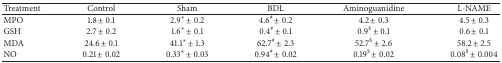
<table><thead><tr><td><b>Treatment</b></td><td><b>Control</b></td><td><b>Sham</b></td><td><b>BDL</b></td><td><b>Aminoguanidine</b></td><td><b>L-NAME</b></td></tr></thead><tbody><tr><td>MPO </td><td>1.8 ± 0.1 </td><td>2.9<sup><i>∗</i></sup> ± 0.2 </td><td>4.6<sup>#</sup> ± 0.2 </td><td> 4.2 ± 0.3 </td><td> 4.5 ± 0.3</td></tr><tr><td>GSH </td><td>2.7 ± 0.2 </td><td> 1.6<sup><i>∗</i></sup> ± 0.1 </td><td>0.4<sup>#</sup> ± 0.1 </td><td> 0.9<sup>$</sup> ± 0.1 </td><td> 0.6 ± 0.1</td></tr><tr><td>MDA </td><td>24.6 ± 0.1</td><td>41.1<sup><i>∗</i></sup> ± 1.3 </td><td>62.7<sup>#</sup> ± 2.3 </td><td> 52.7<sup>$</sup> ± 2.6 </td><td>58.2 ± 2.5</td></tr><tr><td>NO </td><td>0.21 ± 0.02</td><td>0.33<sup><i>∗</i></sup> ± 0.03</td><td>0.94<sup>#</sup> ± 0.02</td><td> 0.19<sup>$</sup> ± 0.02</td><td>0.08<sup>$</sup> ± 0.004</td></tr></tbody></table>